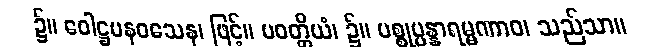
၌။ ဝေါဋ္ဌပနဝသေန၊ ဖြင့်။ ပဝတ္တိယံ၊ ၌။ ပစ္စုပ္ပန္နာရမ္မဏာဝ၊ သည်သာ။